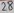
Text: 28